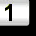
Digit: 1